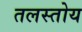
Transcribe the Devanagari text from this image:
तलस्तोय